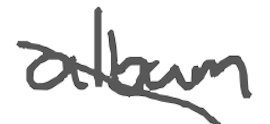
Text: album
Cross-out: diagonal
Writing tool: digital_gray